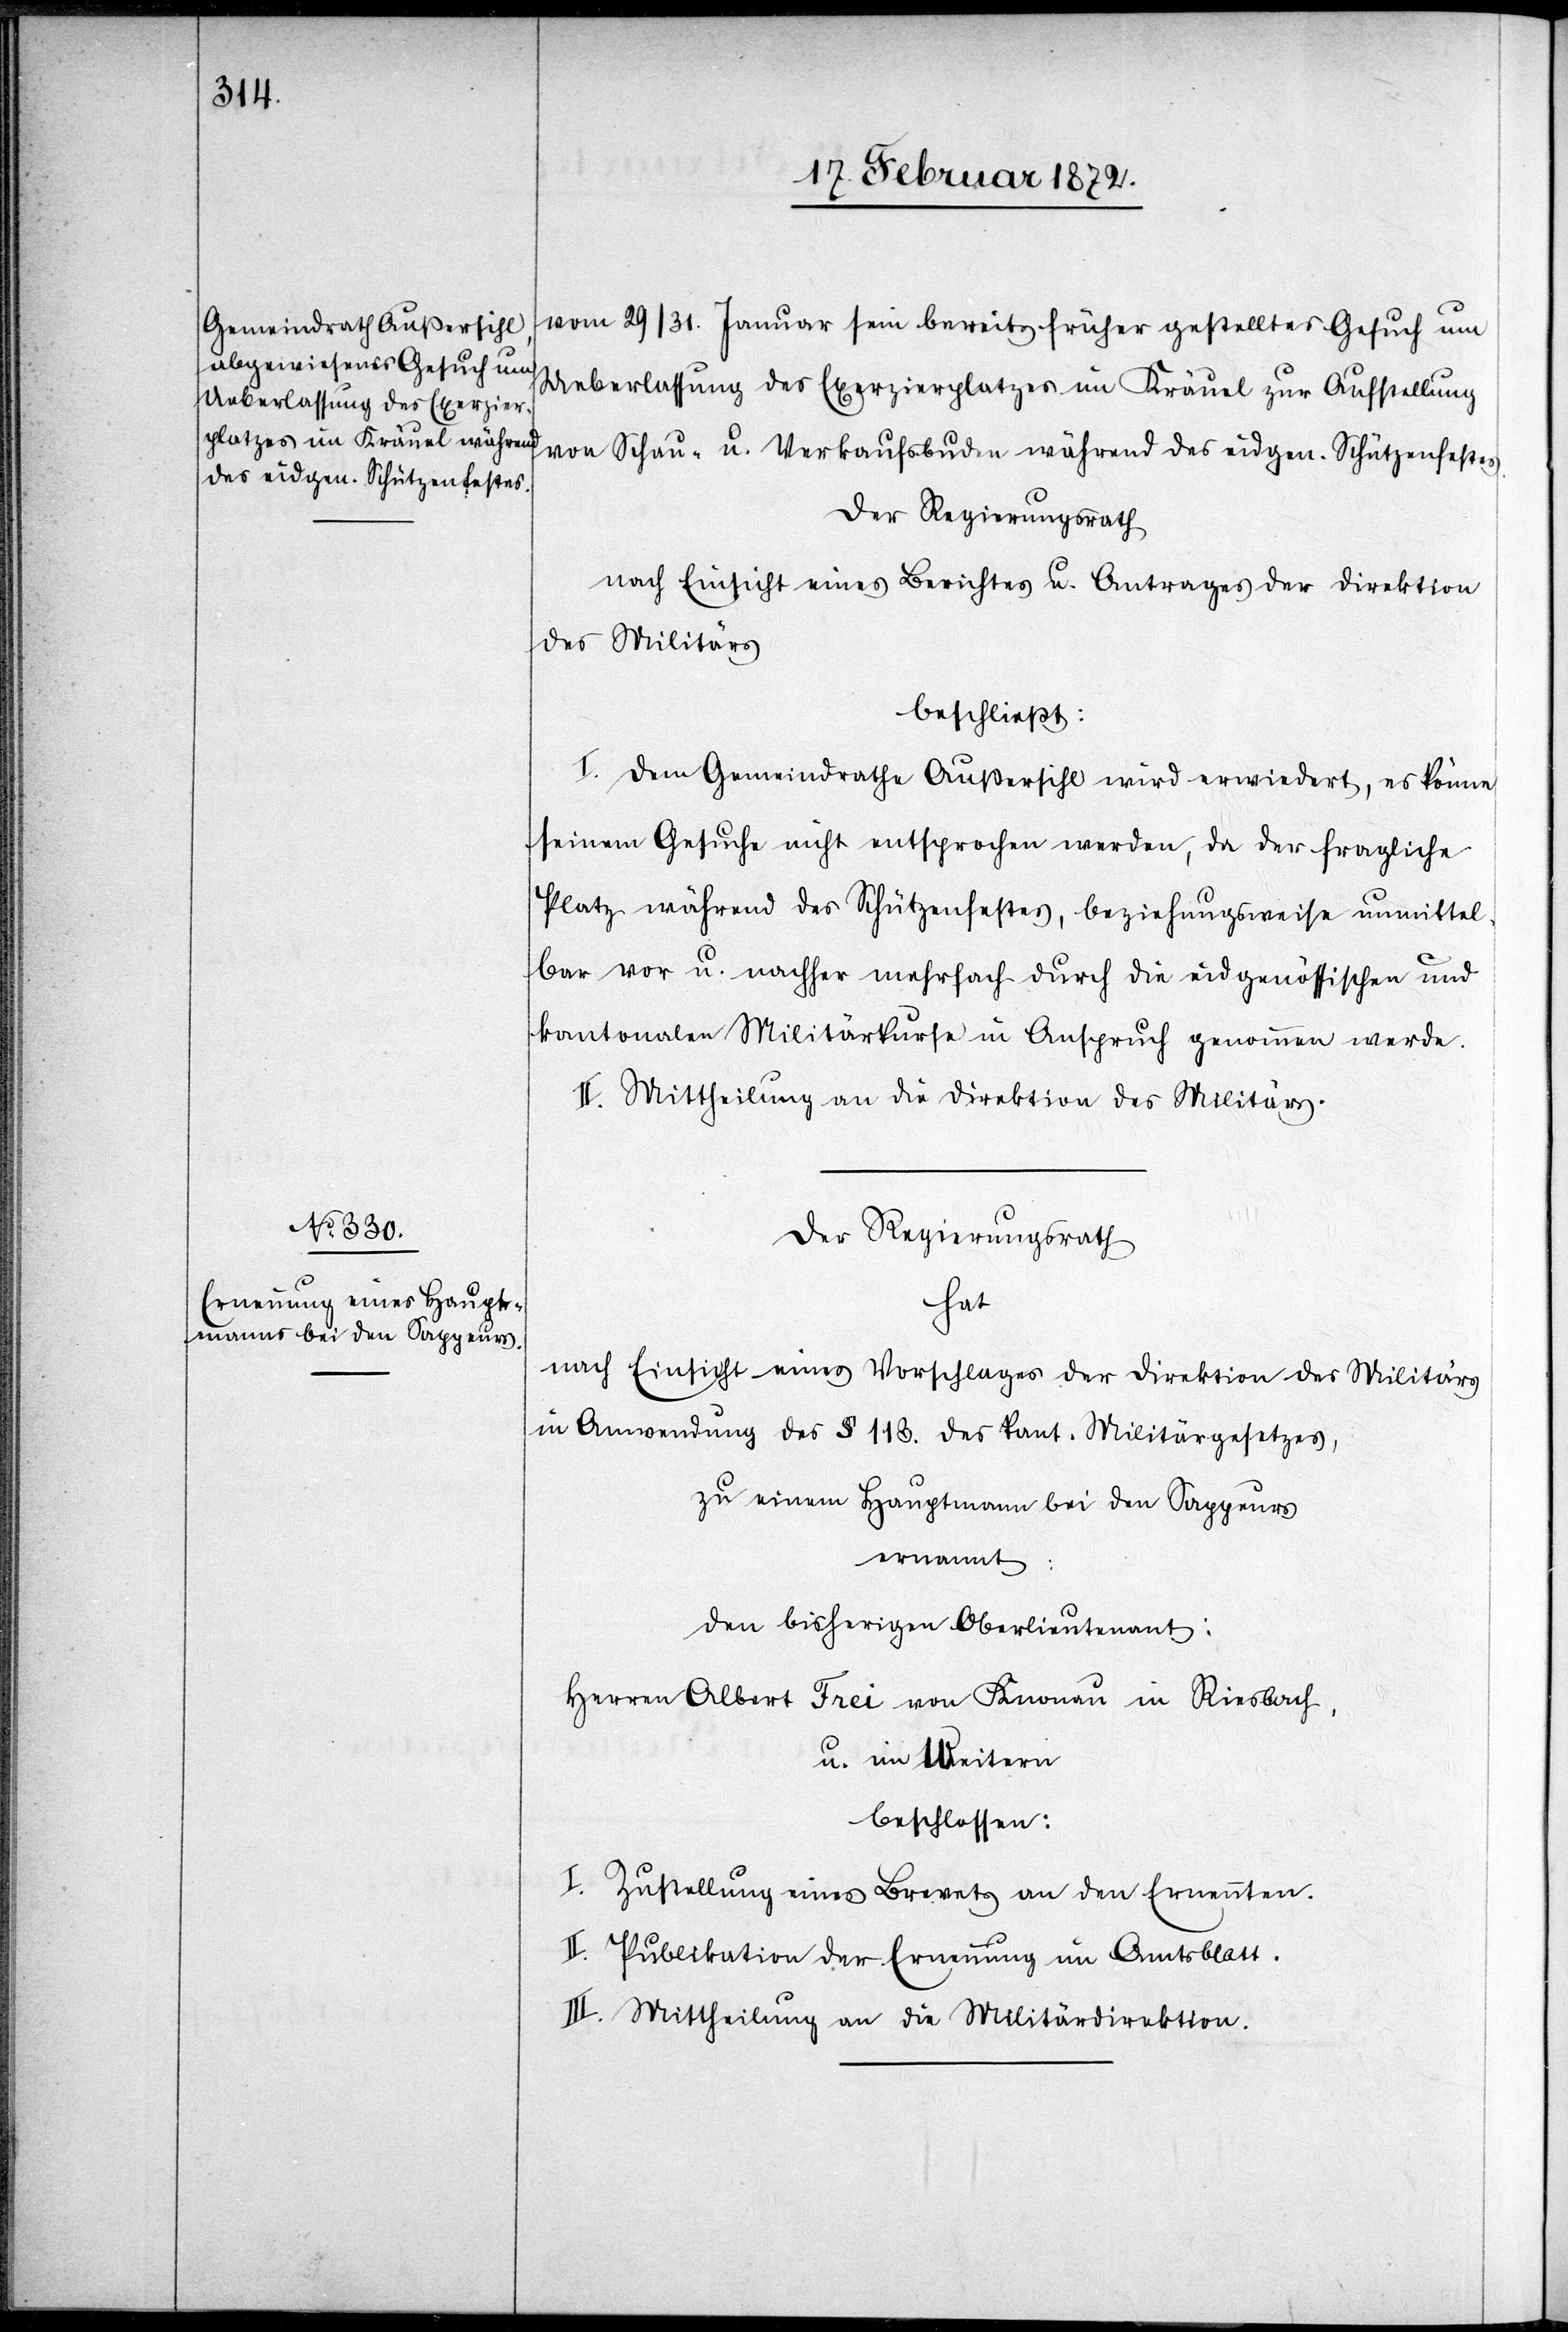
vom 29/31. Januar sein bereits früher gestelltes Gesuch um
Ueberlassung des Exerzierplatzes im Kräuel zur Aufstellung
von Schau- u. Verkaufsbuden während des eidgen. Schützenfestes.
Der Regierungsrath
beschließt:
I. Dem Gemeindrath Außersihl wird erwiedert, es könne
seinem Gesuche nicht entsprochen werden, da der fragliche
Platz während des Schützenfestes, beziehungsweise unmittel¬
bar vor u. nachher mehrfach durch die eidgenössischen und
kantonalen Militärkurse in Anspruch genommen werde.
II. Mittheilung an die Direktion des Militärs.
Der Regierungsrath
hat
nach Einsicht eines Vorschlages der Direktion des Militärs
in Anwendung des § 113. des kant. Militärgesetzes,
zu einem Hauptmann bei den Sappeurs
ernannt:
den bisherigen Oberlieutenant:
Herren Albert Frei von Knonau in Riesbach,
u. im Weitern
beschlossen:
I. Zustellung eines Brevets an den Ernennten.
II. Publikation der Ernennung im Amtsblatt.
III. Mittheilung an die Militärdirektion.